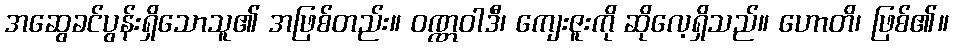
အဆွေခင်ပွန်းရှိသောသူ၏ အဖြစ်တည်း။ ဝဏ္ဏဝါဒီ၊ ကျေးဇူးကို ဆိုလေ့ရှိသည်။ ဟောတိ၊ ဖြစ်၏။